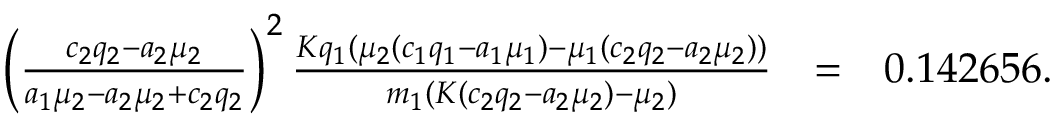
\begin{array} { r l r } { \left( \frac { c _ { 2 } q _ { 2 } - a _ { 2 } \mu _ { 2 } } { a _ { 1 } \mu _ { 2 } - a _ { 2 } \mu _ { 2 } + c _ { 2 } q _ { 2 } } \right) ^ { 2 } \frac { K q _ { 1 } ( \mu _ { 2 } ( c _ { 1 } q _ { 1 } - a _ { 1 } \mu _ { 1 } ) - \mu _ { 1 } ( c _ { 2 } q _ { 2 } - a _ { 2 } \mu _ { 2 } ) ) } { m _ { 1 } ( K ( c _ { 2 } q _ { 2 } - a _ { 2 } \mu _ { 2 } ) - \mu _ { 2 } ) } } & { = } & { 0 . 1 4 2 6 5 6 . } \end{array}